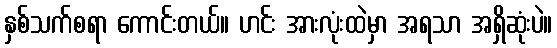
နှစ်သက်စရာ ကောင်းတယ်။ ဟင်း အားလုံးထဲမှာ အရသာ အရှိဆုံးပဲ။